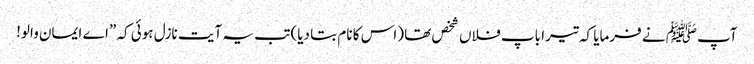
آپﷺ نے فرمایا کہ تیرا باپ فلاں شخص تھا (اس کا نام بتا دیا) تب یہ آیت نازل ہوئی کہ ”اے ایمان والو!